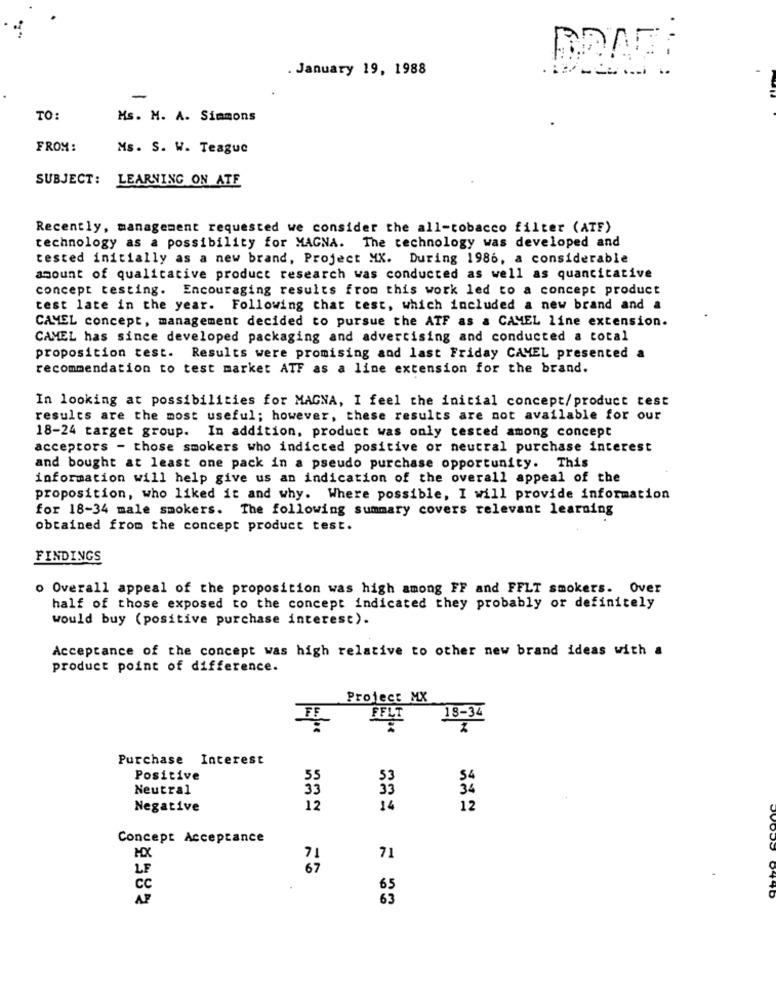
.. .
. January 19, 1988
-
TO:
Ms. M. A. Simmons
FROM:
Ms. S. W. Teague
SUBJECT: LEARNING ON ATE
Recently, management requested we consider the all-tobacco filter (ATF)
technology as a possibility for MAGNA. The technology was developed and
tested initially as a new brand, Project MX. During 1986, a considerable
amount of qualitative product research was conducted as well as quantitative
concept testing. Encouraging results from this work led to a concept product
test late in the year. Following that test, which included a new brand and a
CAMEL concept, management decided to pursue the ATF as a CAMEL line extension.
CAMEL has since developed packaging and advertising and conducted a total
proposition test. Results were promising and last Friday CAMEL presented a
recommendation to test market ATF as a line extension for the brand.
In looking at possibilities for MAGNA, I feel the initial concept/product test
results are the most useful; however, these results are not available for our
18-24 target group. In addition, product was only tested among concept
acceptors - those smokers who indicted positive or neutral purchase interest
and bought at least one pack in a pseudo purchase opportunity. This
information will help give us an indication of the overall appeal of the
proposition, who liked it and why. Where possible, I will provide information
for 18-34 male smokers. The following summary covers relevant learning
obtained from the concept product test.
FINDINGS
o Overall appeal of the proposition was high among FF and FFLT smokers. Over
half of those exposed to the concept indicated they probably or definitely
would buy (positive purchase interest).
Acceptance of the concept was high relative to other new brand ideas with a
product point of difference.
Project MX
FELT
18-34
Purchase Interest
Positive
55
Neutral
33
34
Negative
12
14
12
Concept Acceptance
MX
71
71
LF
67
CC
65
AF
63